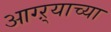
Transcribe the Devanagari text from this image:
आग्ऱ्याच्या